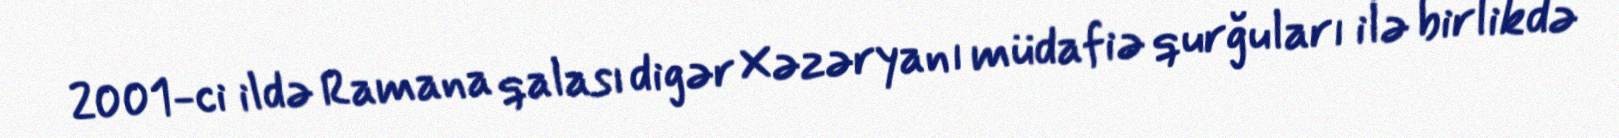
2001-ci ildə Ramana qalası digər Xəzəryanı müdafiə qurğuları ilə birlikdə